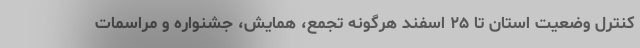
کنترل وضعیت استان تا ۲۵ اسفند هرگونه تجمع، همایش، جشنواره و مراسمات